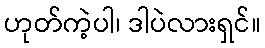
ဟုတ်ကဲ့ပါ၊ ဒါပဲလားရှင်။